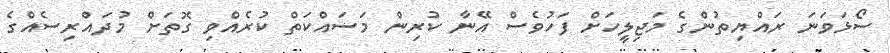
ސޯޅަވަނަ ރައްޔިތުންގެ މަޖިލީހަށް ފަހުވެސް އޭނާ ކުރިން މަސައްކަތް ކުރެއްވި ގޮތަށް މުދައްރިސެއްގެ